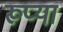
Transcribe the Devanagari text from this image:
रूप्या